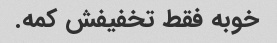
خوبه فقط تخفیفش کمه.